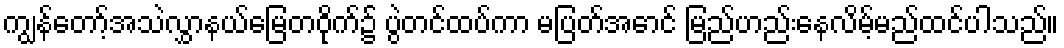
ကျွန်တော့်အသဲလွှာနယ်မြေတဝိုက်၌ ပွဲတင်ထပ်ကာ မပြတ်အောင် မြည်ဟည်းနေလိမ့်မည်ထင်ပါသည်။